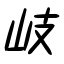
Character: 岐